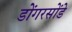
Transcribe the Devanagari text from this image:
डोंगरसोंडे